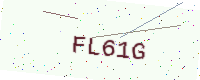
Text: FL61G